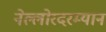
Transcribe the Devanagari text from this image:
नेल्लोरदरम्यान